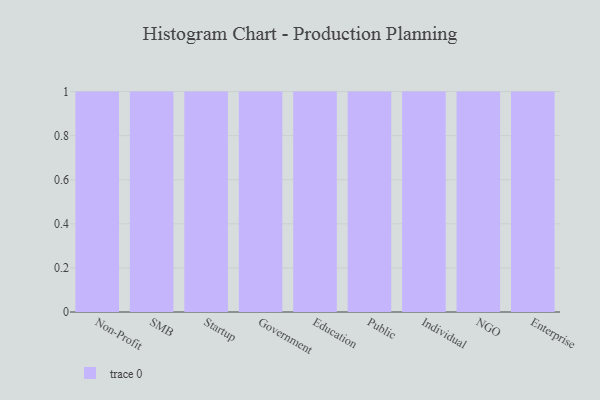
{"axis": {"x": "Segment", "y": "Page Views"}, "legend": [""], "data": [{"x": "Non-Profit", "y": 39, "type": ""}, {"x": "SMB", "y": 25, "type": ""}, {"x": "Startup", "y": 30, "type": ""}, {"x": "Government", "y": 34, "type": ""}, {"x": "Education", "y": 50, "type": ""}, {"x": "Public", "y": 100, "type": ""}, {"x": "Individual", "y": 60, "type": ""}, {"x": "NGO", "y": 9, "type": ""}, {"x": "Enterprise", "y": 73, "type": ""}]}